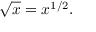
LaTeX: { \sqrt { x } } = x ^ { 1 / 2 } .